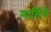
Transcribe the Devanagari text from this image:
मार्तिने